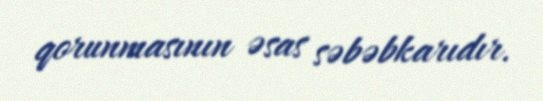
qorunmasının əsas səbəbkarıdır.